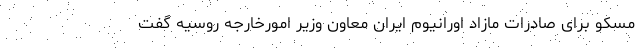
مسکو برای صادرات مازاد اورانیوم ایران معاون وزیر امورخارجه روسیه گفت